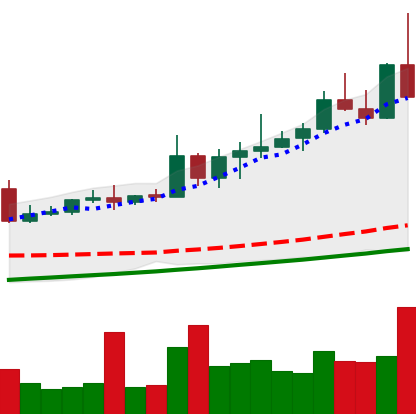
Ticker: NEO-USD
Chart end date: 2020-08-21
Forward return: 4.603%
Label: up_3_5